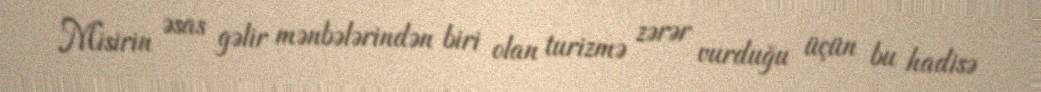
Misirin əsas gəlir mənbələrindən biri olan turizmə zərər vurduğu üçün bu hadisə